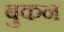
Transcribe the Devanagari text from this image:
बुकन